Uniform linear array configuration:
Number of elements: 32
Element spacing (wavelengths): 0.25
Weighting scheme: uniform
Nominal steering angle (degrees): -15
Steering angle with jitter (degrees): -14.79
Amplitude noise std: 0.05
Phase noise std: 0.05

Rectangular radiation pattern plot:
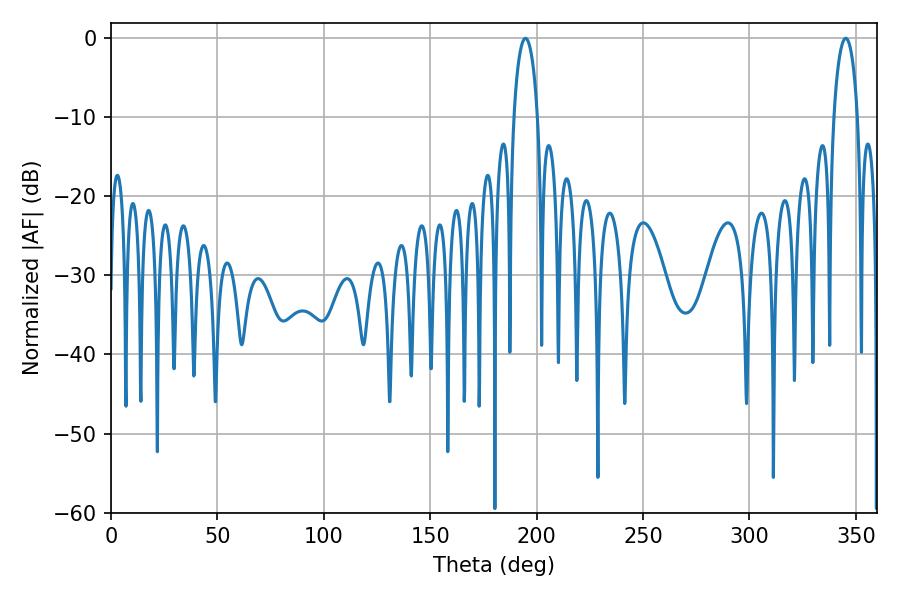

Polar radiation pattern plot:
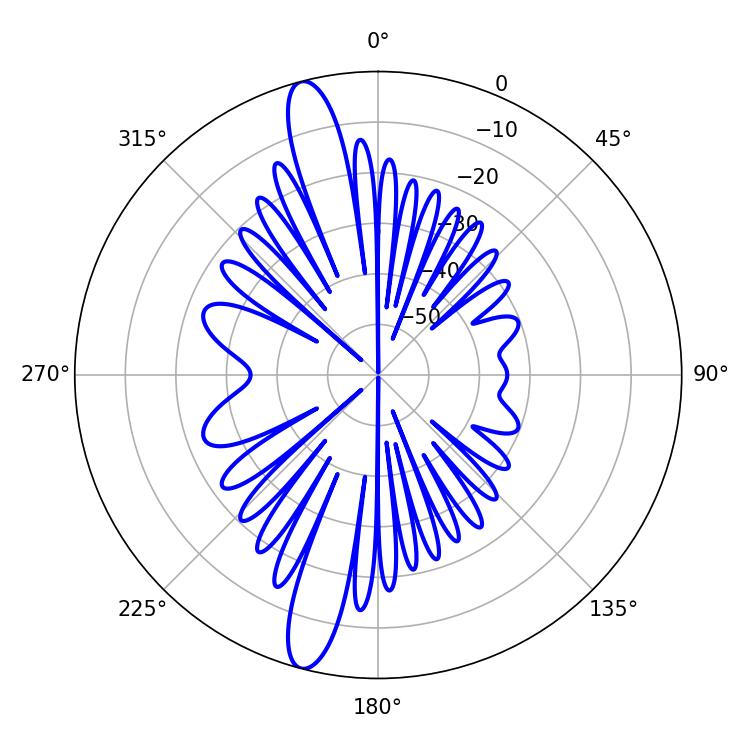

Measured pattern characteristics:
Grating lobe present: FALSE
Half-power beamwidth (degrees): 6.48
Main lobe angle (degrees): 194.76